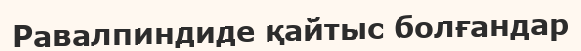
Равалпиндиде қайтыс болғандар